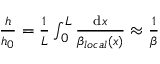
\begin{array} { r } { \frac { h } { h _ { 0 } } = \frac { 1 } { L } \int _ { 0 } ^ { L } \frac { \mathrm { d } x } { \beta _ { l o c a l } ( x ) } \approx \frac { 1 } { \beta } } \end{array}